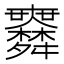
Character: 𦨅